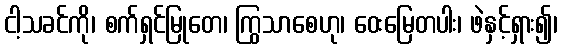
ငါ့သခင်ကို၊ စက်ရှင်မြုတေ၊ ကြွသာစေဟု၊ ဝေးမြေတပါး၊ ဖဲနှင့်ရှား၍၊